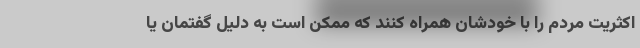
اکثریت مردم را با خودشان همراه کنند که ممکن است به دلیل گفتمان یا